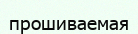
прошиваемая